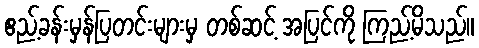
ဧည့်ခန်းမှန်ပြတင်းများမှ တစ်ဆင့် အပြင်ကို ကြည့်မိသည်။